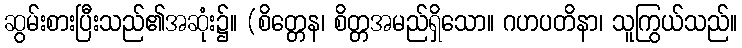
ဆွမ်းစားပြီးသည်၏အဆုံး၌။ (စိတ္တေန၊ စိတ္တအမည်ရှိသော။ ဂဟပတိနာ၊ သူကြွယ်သည်။